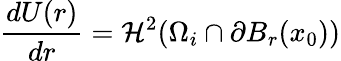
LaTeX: \frac{dU(r)}{dr}=\mathcal{H}^{2}(\Omega_{i}\cap\partial B_{r}(x_{0}))